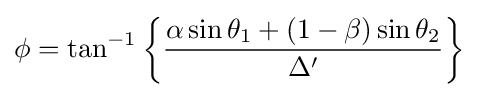
\phi =\tan ^{-1}\left\{{\frac {\alpha \sin \theta _{1}+(1-\beta )\sin \theta _{2}}{\Delta '}}\right\}